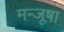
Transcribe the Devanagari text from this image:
मन्जूषा